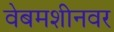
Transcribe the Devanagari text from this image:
वेबमशीनवर